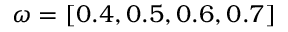
\omega = [ 0 . 4 , 0 . 5 , 0 . 6 , 0 . 7 ]